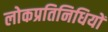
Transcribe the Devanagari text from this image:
लोकप्रतिनिधियों